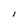
Character: l